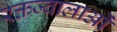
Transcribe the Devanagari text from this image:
रक्तज्वालाओं